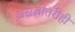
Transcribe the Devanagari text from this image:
असलीतरीही